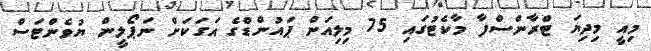
މިއީ މިދިޔަ ޓްރާންސްފާ މާކެޓުގައި 75 މިލިއަން ޕައުންޑްގެ އަގަކަށް ނަޕޯލީން ޔުވެންޓަސް